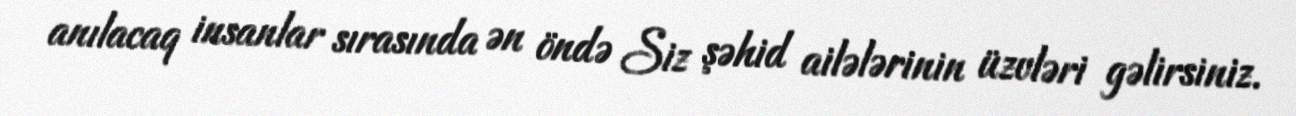
anılacaq insanlar sırasında ən öndə Siz şəhid ailələrinin üzvləri gəlirsiniz.